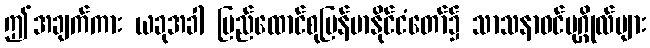
ဤအချက်ကား ယခုအခါ ပြည်ထောင်စုမြန်မာနိုင်ငံတော်၌ သာသနာဝင်ပုဂ္ဂိုလ်များ